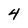
Character: 4